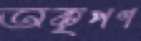
অকৃপণ